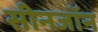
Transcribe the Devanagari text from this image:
सीनजॉन